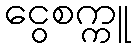
ငွေစက္ကူ